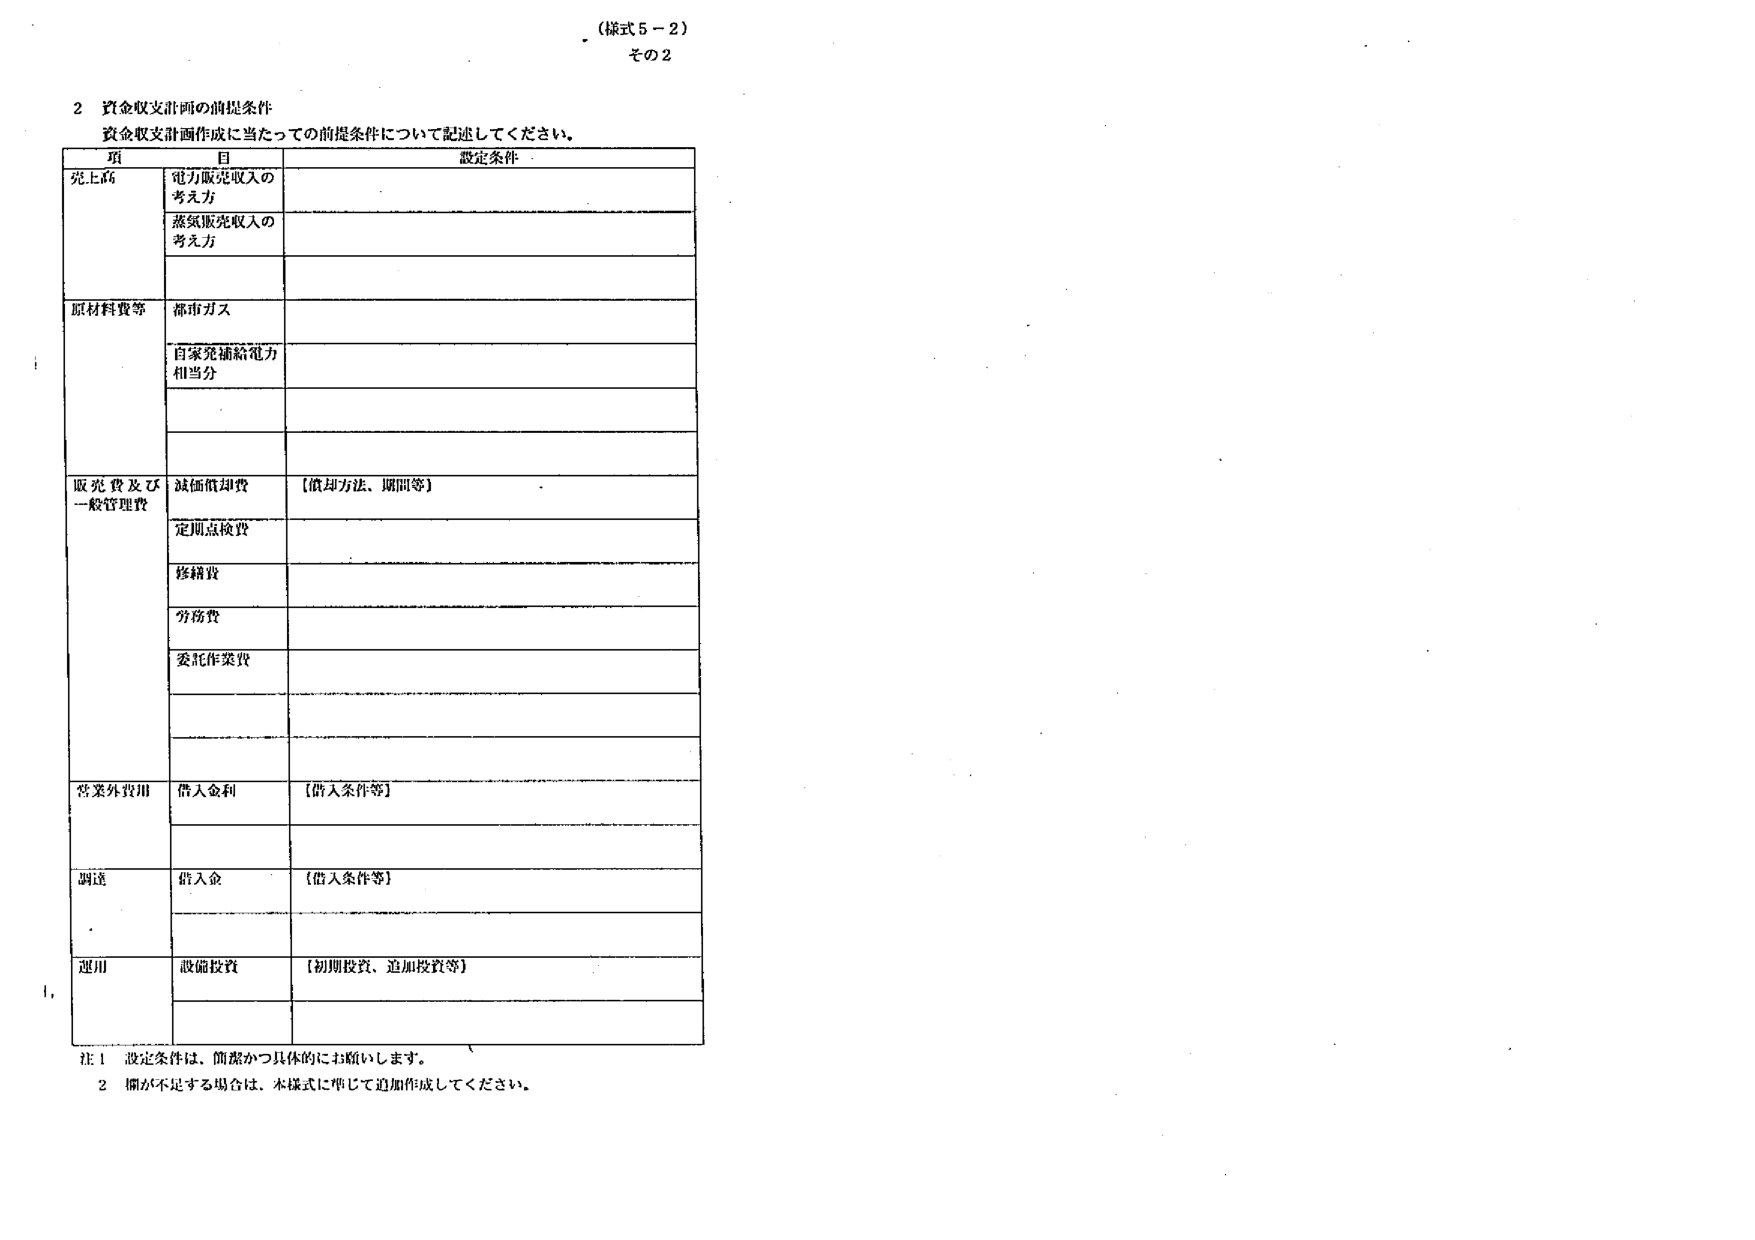
（様式５－２）
その２

２ 資金収支計画の前提条件
資金収支計画作成に当たっての前提条件について記述してください。

項目　　　　　　　　　　　　　　　　　　　　　設定条件
売上高